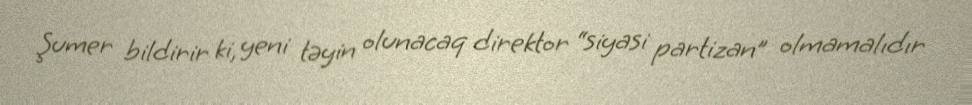
Şumer bildirir ki, yeni təyin olunacaq direktor “siyasi partizan” olmamalıdır